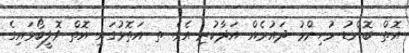
އޮތް ބޮންޑު މުހިންމު ދައުރެއް އަދާކުރި އެވެ. ތ އަތޮޅުގައި އޮތް ވޮލީބޯޅައިގެ